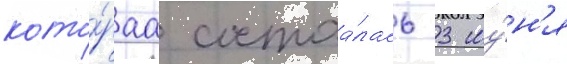
кото́раа состоа́лась 3 иу́н'я